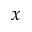
x